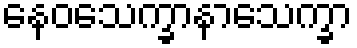
နေဝသေက္ခာနာသေက္ခာ